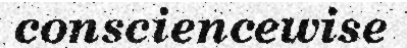
consciencewise